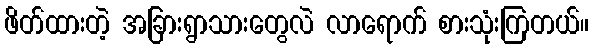
ဖိတ်ထားတဲ့ အခြားရွာသားတွေလဲ လာရောက် စားသုံးကြတယ်။